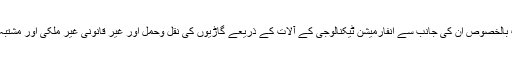
آئی جی پی نے ناکہ بندیوں پر تعینات پولیس اہلکاروں کے فرائض اور کام کی نوعیت بالخصوص اُن کی جانب سے انفارمیشن ٹیکنالوجی کے آلات کے ذریعے گاڑیوں کی نقل وحمل اور غیر قانونی غیر ملکی اور مشتبہ افراد کے داخلے کی موثر روک تھام اور چیکنگ کے جاری عمل کا معائنہ بھی کیا۔